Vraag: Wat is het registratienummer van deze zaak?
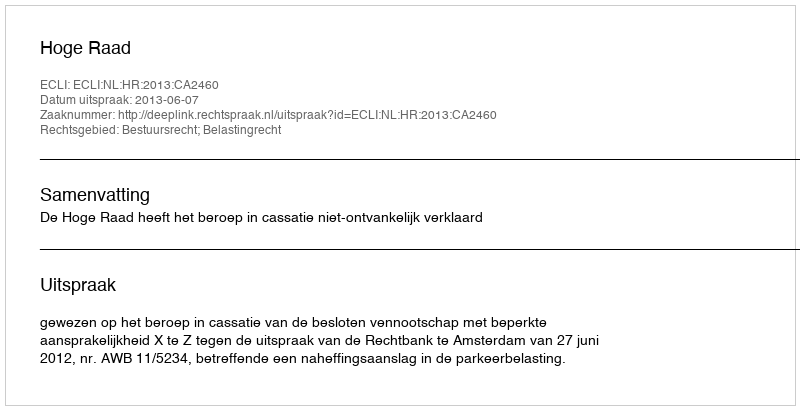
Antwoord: http://deeplink.rechtspraak.nl/uitspraak?id=ECLI:NL:HR:2013:CA2460